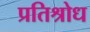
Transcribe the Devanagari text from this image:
प्रतिश्रोध